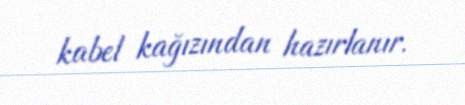
kabel kağızından hazırlanır.